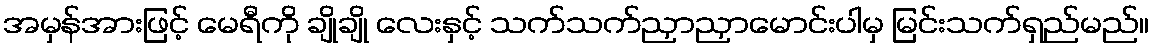
အမှန်အားဖြင့် မေရီကို ချိုချို လေးနှင့် သက်သက်ညှာညှာမောင်းပါမှ မြင်းသက်ရှည်မည်။